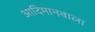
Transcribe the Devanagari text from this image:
आदिमानवाला